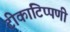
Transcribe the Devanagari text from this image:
टीकाटिप्पणी